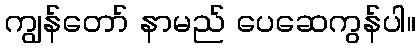
ကျွန်တော် နာမည် ပေဆေကွန်ပါ။